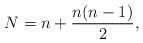
LaTeX: \begin{align*}N = n+\frac{n(n-1)}{2},\end{align*}